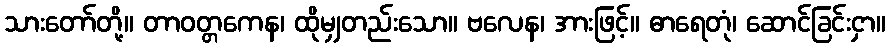
သားတော်တို့။ တာဝတ္တကေန၊ ထိုမျှတည်းသော။ ဗလေန၊ အားဖြင့်။ ဓာရေတုံ၊ ဆောင်ခြင်းငှာ။